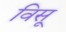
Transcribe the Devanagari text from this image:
विसू